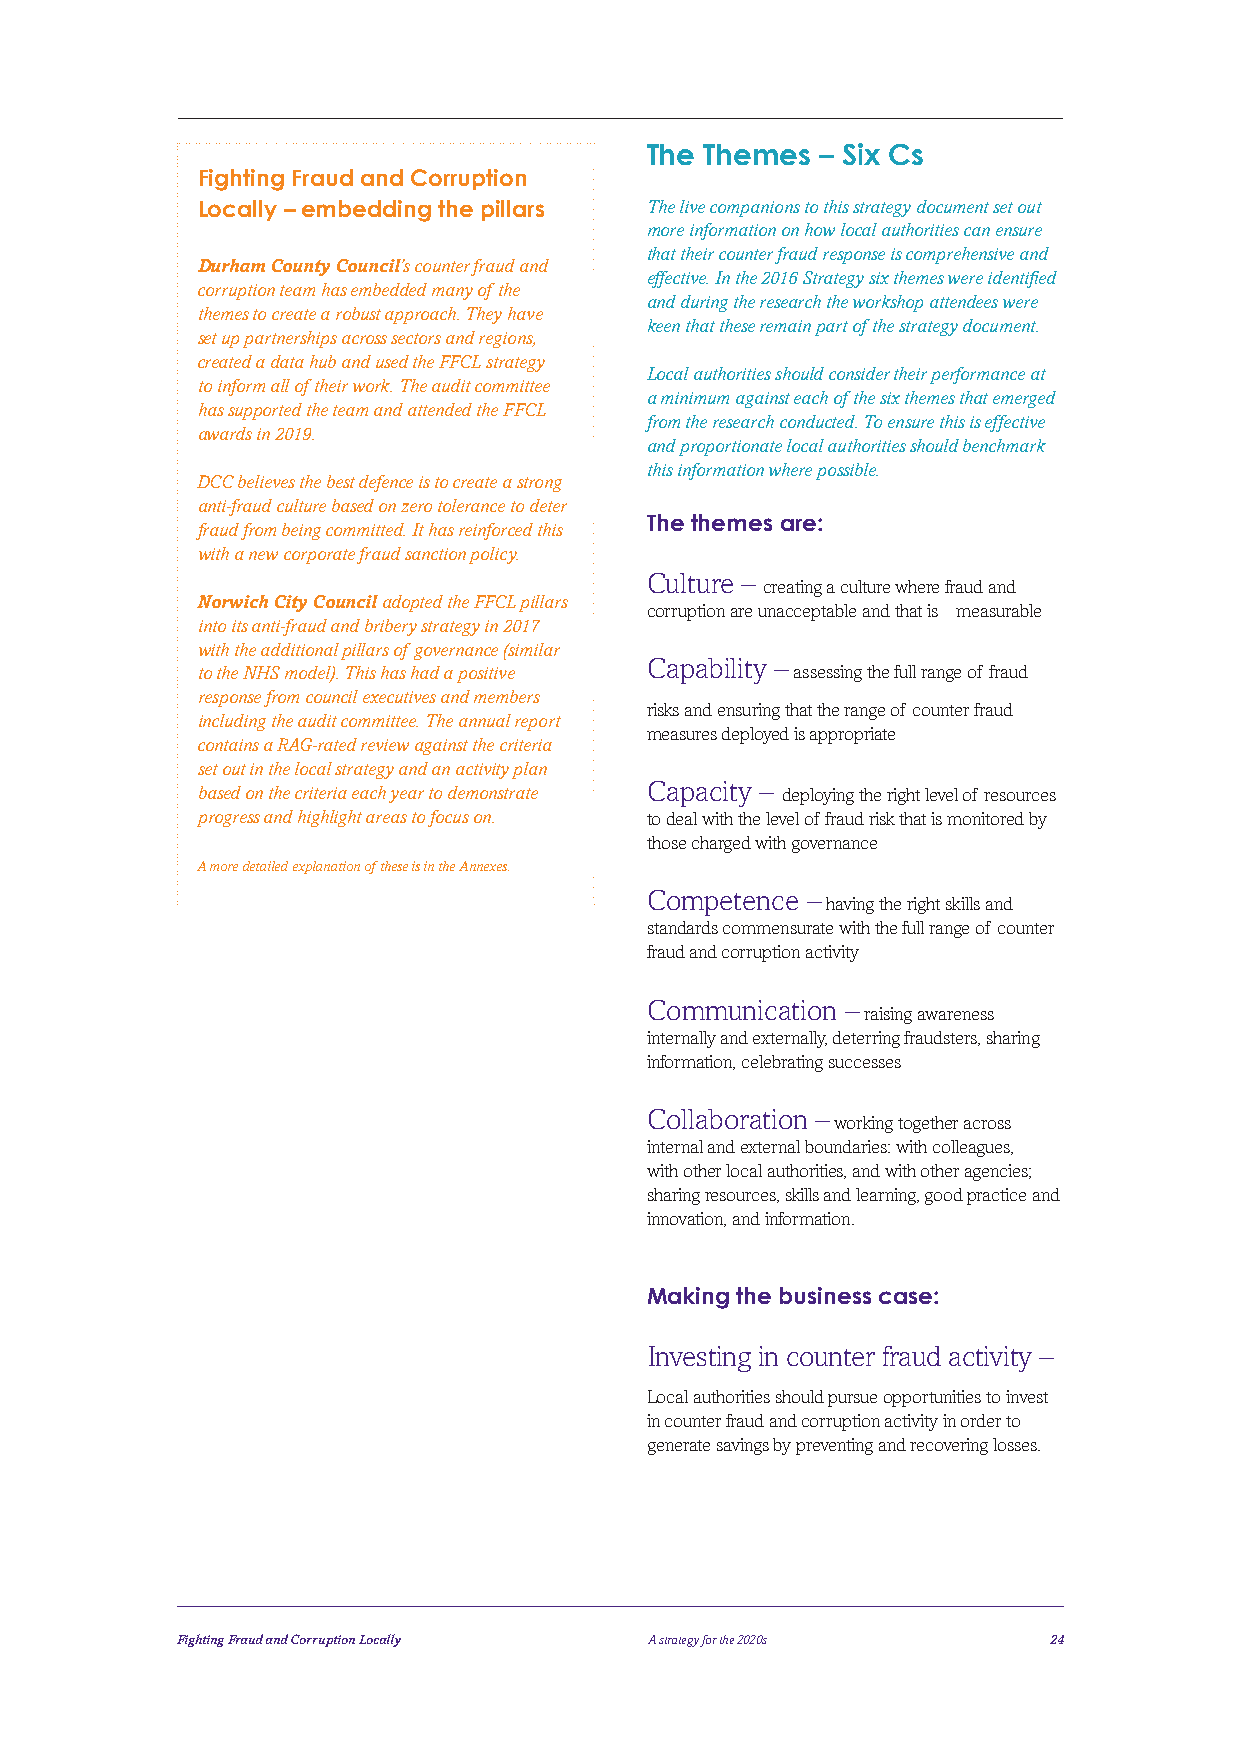
The Themes – Six Cs
 Fighting Fraud and Corruption
 Locally – embedding the pillars The live companions to this strategy document set out
 more information on how local authorities can ensure
 that their counter fraud response is comprehensive and
 Durham County Council’s counter fraud and
 effective. In the 2016 Strategy six themes were identified
 corruption team has embedded many of the
 and during the research the workshop attendees were
 themes to create a robust approach. They have
 keen that these remain part of the strategy document.
 set up partnerships across sectors and regions,
 created a data hub and used the FFCL strategy
 Local authorities should consider their performance at
 to inform all of their work. The audit committee
 a minimum against each of the six themes that emerged
 has supported the team and attended the FFCL
 from the research conducted. To ensure this is effective
 awards in 2019.
 and proportionate local authorities should benchmark
 this information where possible.
 DCC believes the best defence is to create a strong
 anti-fraud culture based on zero tolerance to deter
 The themes are:
 fraud from being committed. It has reinforced this
 with a new corporate fraud sanction policy.
 Culture –
 creating a culture where fraud and
 Norwich City Council adopted the FFCL pillars
 corruption are unacceptable and that is measurable
 into its anti-fraud and bribery strategy in 2017
 with the additional pillars of governance (similar
 Capability –
 to the NHS model). This has had a positive assessing the full range of fraud
 response from council executives and members
 risks and ensuring that the range of counter fraud
 including the audit committee. The annual report
 measures deployed is appropriate
 contains a RAG-rated review against the criteria
 set out in the local strategy and an activity plan
 Capacity –
 based on the criteria each year to demonstrate deploying the right level of resources
 progress and highlight areas to focus on. to deal with the level of fraud risk that is monitored by
 those charged with governance
 A more detailed explanation of these is in the Annexes.
 Competence –
 having the right skills and
 standards commensurate with the full range of counter
 fraud and corruption activity
 Communication –
 raising awareness
 internally and externally, deterring fraudsters, sharing
 information, celebrating successes
 Collaboration –
 working together across
 internal and external boundaries: with colleagues,
 with other local authorities, and with other agencies;
 sharing resources, skills and learning, good practice and
 innovation, and information.
 Making the business case:
 Investing in counter fraud activity –
 Local authorities should pursue opportunities to invest
 in counter fraud and corruption activity in order to
 generate savings by preventing and recovering losses.
 Fighting Fraud and Corruption Locally A strategy for the 2020s 24